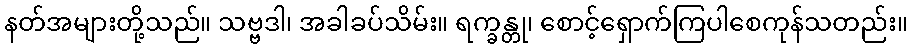
နတ်အများတို့သည်။ သဗ္ဗဒါ၊ အခါခပ်သိမ်း။ ရက္ခန္တု၊ စောင့်ရှောက်ကြပါစေကုန်သတည်း။